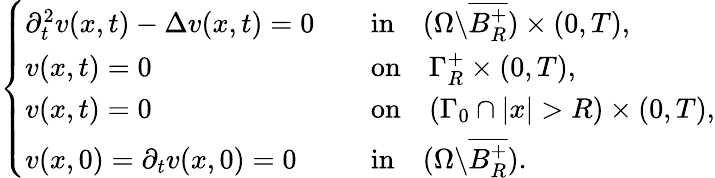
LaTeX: \begin{array}{r}{\left\{ \begin{array}{lll}{\partial_{t}^{2}v(x,t)-\Delta v(x,t)=0}&&{\mathrm{in}\quad(\Omega\backslash\overline{{B_{R}^{+}}})\times(0,T),}\\ {v(x,t)=0\quad}&&{\mathrm{on}\quad\Gamma_{R}^{+}\times(0,T),}\\ {v(x,t)=0\quad}&&{\mathrm{on}\quad(\Gamma_{0}\cap|x|>R)\times(0,T),}\\ {v(x,0)=\partial_{t}v(x,0)=0}&&{\mathrm{in}\quad(\Omega\backslash\overline{{B_{R}^{+}}}).}\end{array}\right.}\end{array}